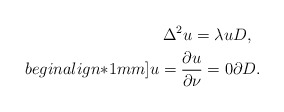
\begin{align*}\Delta^2 u=\lambda u & D,\\begin{align*}1mm]u=\frac{\partial u}{\partial \nu} = 0 & \partial D.\end{align*}